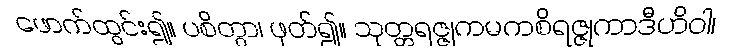
ဖောက်ထွင်း၍။ ပစိတွာ၊ ဖုတ်၍။ သုတ္တရဇ္ဇုကမကစိရဇ္ဇုကာဒီဟိဝါ၊